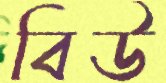
বিউ